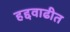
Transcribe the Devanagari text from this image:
हद्दवाढीत